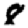
Digit: 8